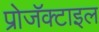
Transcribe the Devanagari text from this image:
प्रोजॅक्टाइल